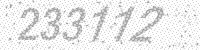
Solution: 233112